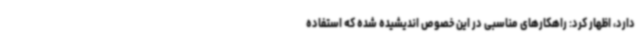
دارد، اظهار کرد: راهکارهای مناسبی در این خصوص اندیشیده شده که استفاده